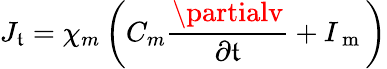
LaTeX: J_{\mathfrak{t}}=\chi_{m}\left(C_{m}\frac{{\partialv}}{{\partial\mathfrak{t}}}+I_{\mathrm{{~m~}}}\right)